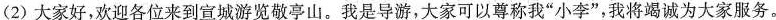
（2）大家好，欢迎各位来到宣城游览敬亭山。我是导游，大家可以尊称我“小李”，我将竭诚为大家服务。